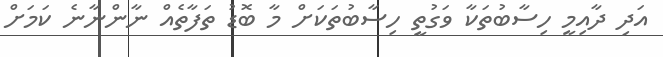
އަދި ދާއިމީ ހިސާބުތަކާ ވަގުތީ ހިސާބުތަކަށް މާ ބޮޑު ތަފާތެއް ނާންނާނެ ކަމަށް